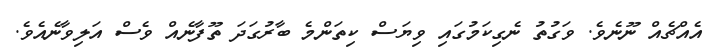
އެއްޗެއް ނޫނެވެ. ވަގުތު ނެގިކަމުގައި ވިޔަސް ކިތަންމެ ބާރުގަދަ ތޫފާނެއް ވެސް އަލިވާނެއެވެ.